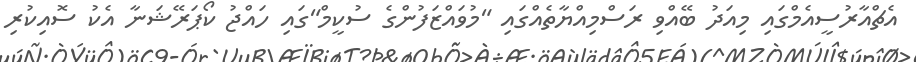
އެޗްއާރުސީއެމްގައި މިއަދު ބޭއްވި ރަސްމިއްޔާތެއްގައި "މުވައްޒަފުންގެ ސުކީމް"ގައި ހައްޖު ކޯޕަރޭޝަނާ އެކު ސޮއިކުރި